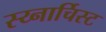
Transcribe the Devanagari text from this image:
स्य्नार्चिस्ट